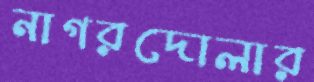
নাগরদোলার